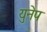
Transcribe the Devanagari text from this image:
युनेप